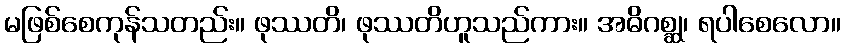
မဖြစ်စေကုန်သတည်း။ ဖုဿတိ၊ ဖုဿတိဟူသည်ကား။ အဓိဂစ္ဆု၊ ရပါစေလော။